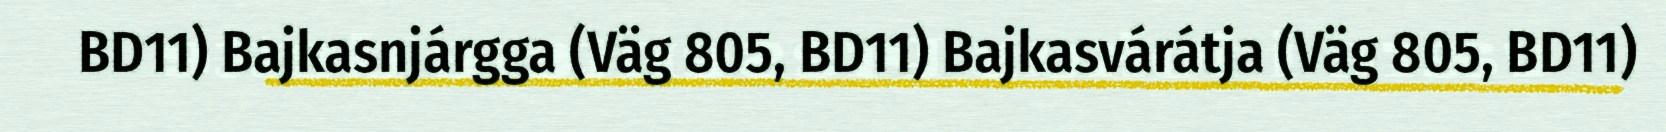
BD11) Bajkasnjárgga (Väg 805, BD11) Bajkasvárátja (Väg 805, BD11)